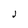
Character: J